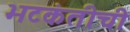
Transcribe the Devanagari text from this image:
भटकंतीची